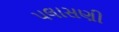
પલાસણી